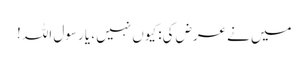
میں نے عرض کی: کیوں نہیں ، یا رسول اللہ !